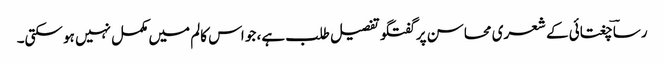
رساؔ چغتائی کے شعری محاسن پر گفتگو تفصیل طلب ہے، جو اس کالم میں مکمل نہیں ہو سکتی۔